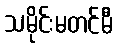
သမိုင်းမတင်မီ